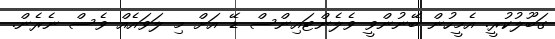
ގަބޫލުކުރީ. އެމީހުން ބޭނުންވީ ވެލެންޓައިންސް ޑޭ އަށް މި ލަވައެއް ވެސް ނެރެން.